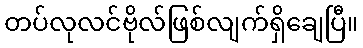
တပ်လုလင်ဗိုလ်ဖြစ်လျက်ရှိချေပြီ။